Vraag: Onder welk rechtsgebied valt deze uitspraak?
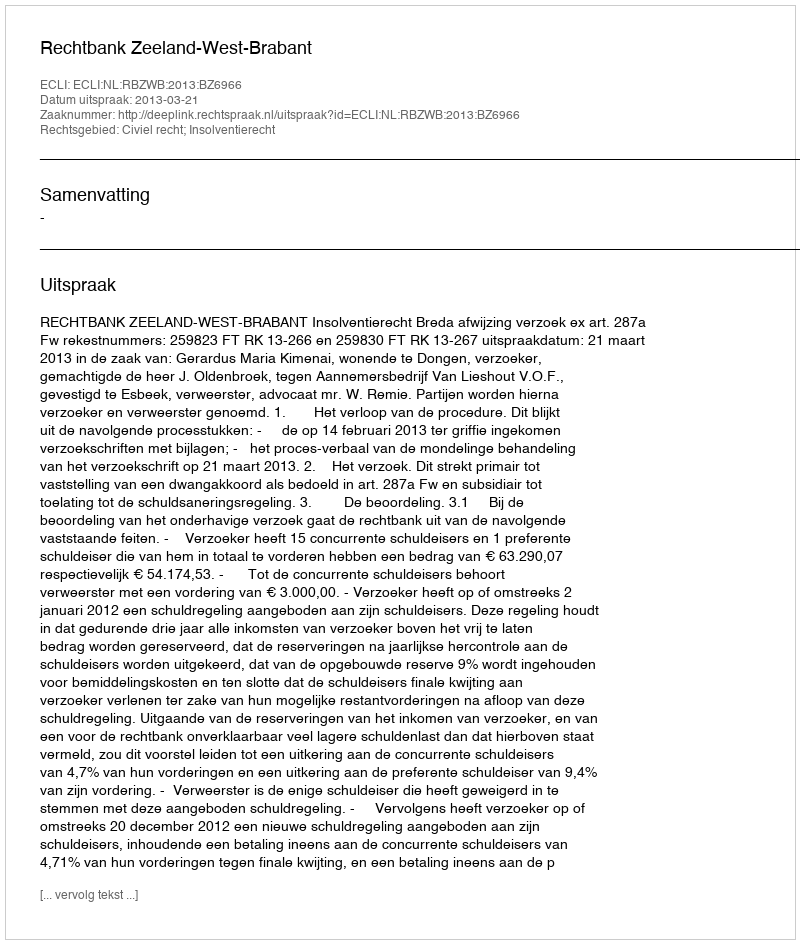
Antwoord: Civiel recht; Insolventierecht